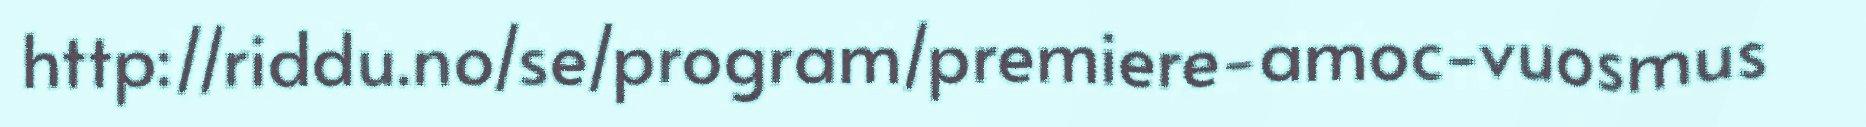
http://riddu.no/se/program/premiere-amoc-vuosmus